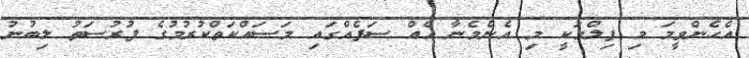
އެހެންވީމަ މި ފިލްމަކީ މި އެންމެނާ އެއް ސަފެއްގައި މަސައްކަތްކުރުމުގެ ފުރުސަތު ލިބުނު